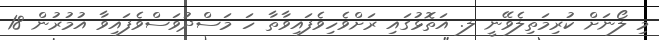
މި ލޯނަށް ކުރިމަތިލެވޭނީ ލ. އަތޮޅުގައި ރަށްވެހިވެފައިވާތާ ހަ މަސްދުވަސްވެފައިވާ އުމުރުން 18